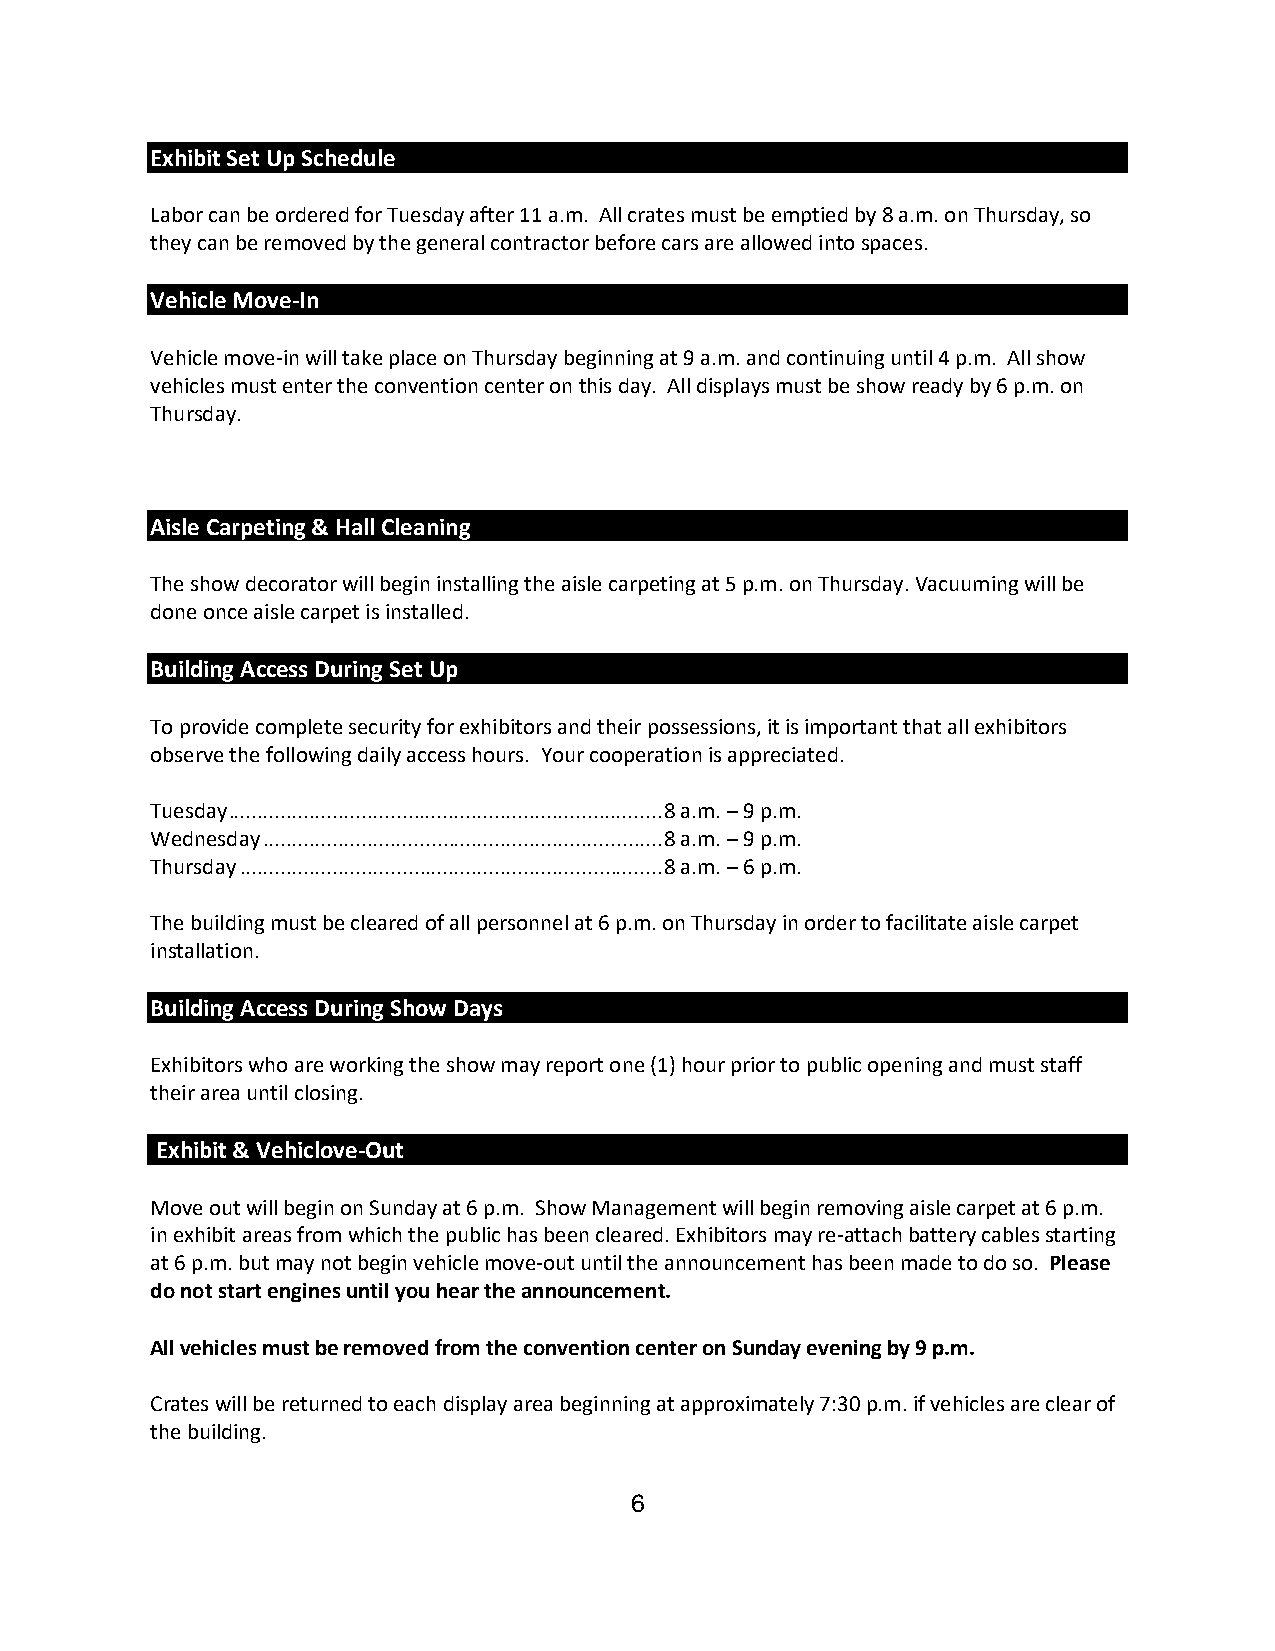
Exhibit Set Up Schedule
 Labor can be ordered for Tuesday after 11 a.m. All crates must be emptied by 8 a.m. on Thursday, so
 they can be removed by the general contractor before cars are allowed into spaces.
 Vehicle Move-In
 Vehicle move-in will take place on Thursday beginning at 9 a.m. and continuing until 4 p.m. All show
 vehicles must enter the convention center on this day. All displays must be show ready by 6 p.m. on
 Thursday.
 Aisle Carpeting & Hall Cleaning
 The show decorator will begin installing the aisle carpeting at 5 p.m. on Thursday. Vacuuming will be
 done once aisle carpet is installed.
 Building Access During Set Up
 To provide complete security for exhibitors and their possessions, it is important that all exhibitors
 observe the following daily access hours. Your cooperation is appreciated.
 Tuesday ........................................................................... 8 a.m. – 9 p.m.
 Wednesday ..................................................................... 8 a.m. – 9 p.m.
 Thursday ......................................................................... 8 a.m. – 6 p.m.
 The building must be cleared of all personnel at 6 p.m. on Thursday in order to facilitate aisle carpet
 installation.
 Building Access During Show Days
 Exhibitors who are working the show may report one (1) hour prior to public opening and must staff
 their area until closing.
 Exhibit & Vehiclove-Out
 Move out will begin on Sunday at 6 p.m. Show Management will begin removing aisle carpet at 6 p.m.
 in exhibit areas from which the public has been cleared. Exhibitors may re-attach battery cables starting
 at 6 p.m. but may not begin vehicle move-out until the announcement has been made to do so. Please
 do not start engines until you hear the announcement.
 All vehicles must be removed from the convention center on Sunday evening by 9 p.m.
 Crates will be returned to each display area beginning at approximately 7:30 p.m. if vehicles are clear of
 the building.
 6